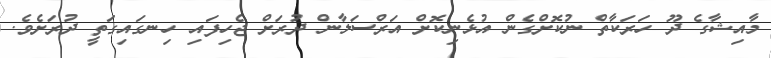
މާއިޝާގެ ދޫ ހަރަކާތް ނުކޮށްގެން އުޅެނިކޮށް އަރްސަލާން ދުރަށް ޖެހިފައި ހިނގައިގަތީ ދުރަށެވެ.